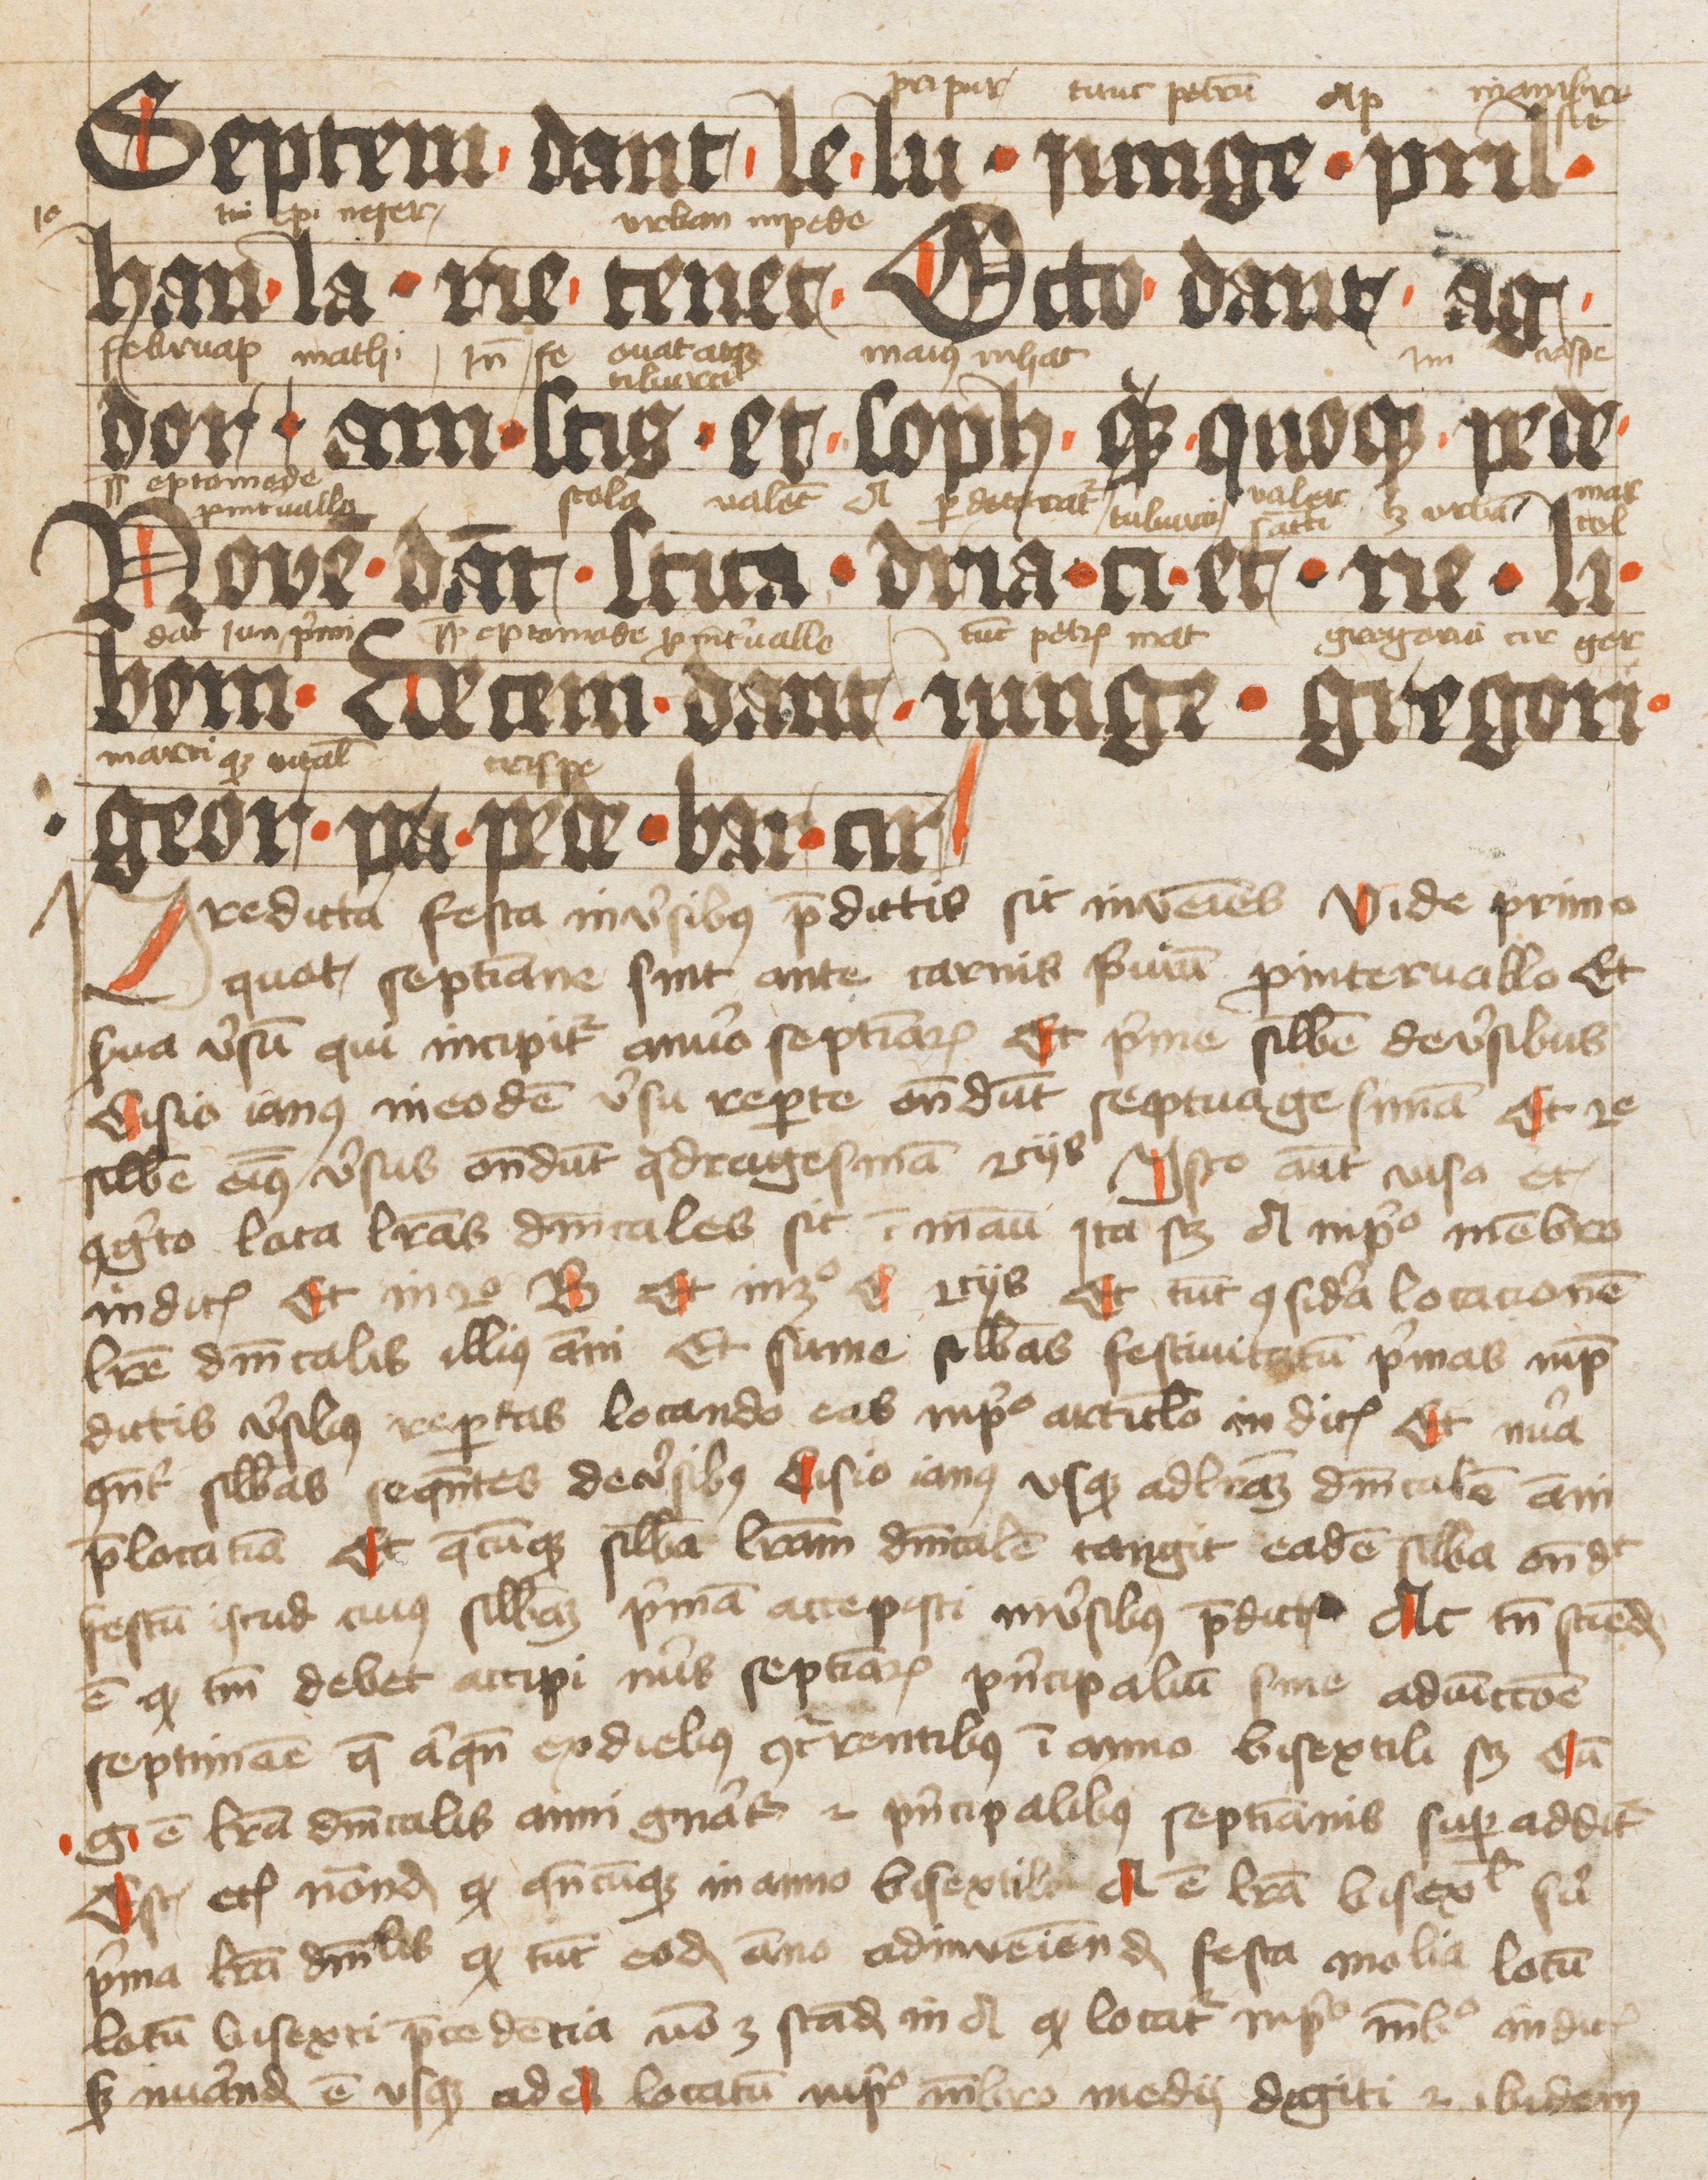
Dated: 1425–1425